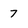
Character: 7